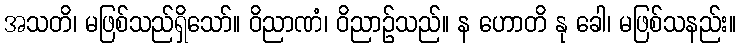
အသတိ၊ မဖြစ်သည်ရှိသော်။ ဝိညာဏံ၊ ဝိညာဉ်သည်။ န ဟောတိ နု ခေါ၊ မဖြစ်သနည်း။